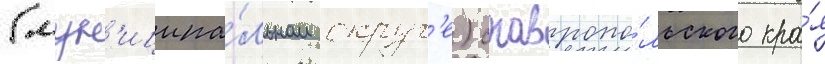
(мун'иципа́льном округ'е) ставропо́льского кра́я